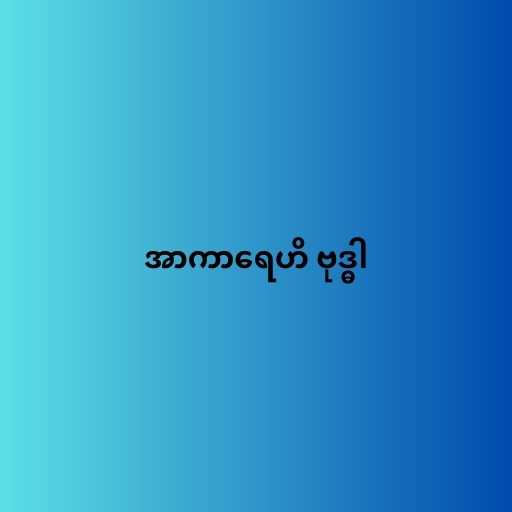
အာကာရေဟိ ဗုဒ္ဓါ